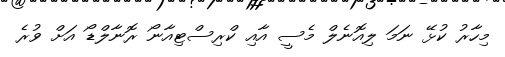
މިހާރު ކުޅޭ ނަމަ ލިއޮނެލް މެސީ އާއި ކްރިސްޓިއާނޯ ރޮނާލްޑޯ އަށް ވުރެ